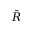
\bar { R }